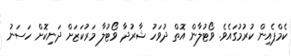
ކެމްޕެއިން ކުރުމުގައެވެ. ވޯޓުލާން އޮތް ދުވަހު ޝާރުދާ ވޯޓުލާ މަރުކަޒަށް ދަނިކޮށް ހަސަނު